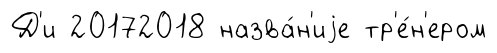
Д'и 20172018 назва́н'иjе тр'е́н'ером